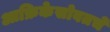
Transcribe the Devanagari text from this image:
आफ्रिकेसोबतचे